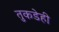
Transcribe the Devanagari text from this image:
तुकडेही